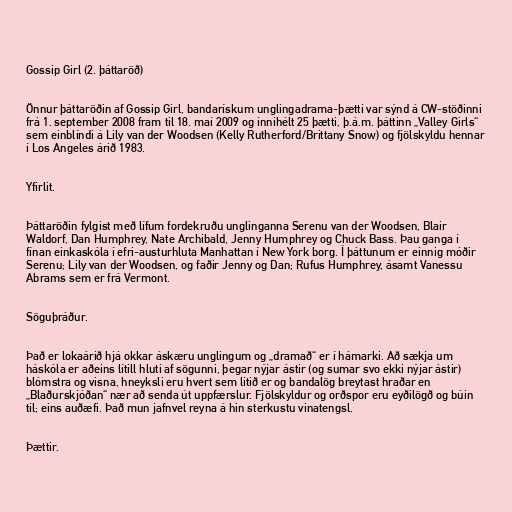
Gossip Girl (2. þáttaröð)

Önnur þáttaröðin af Gossip Girl, bandarískum unglingadrama-þætti var sýnd á CW-stöðinni
frá 1. september 2008 fram til 18. maí 2009 og innihélt 25 þætti, þ.á.m. þáttinn „Valley Girls“
sem einblíndi á Lily van der Woodsen (Kelly Rutherford/Brittany Snow) og fjölskyldu hennar
í Los Angeles árið 1983.

Yfirlit.

Þáttaröðin fylgist með lífum fordekruðu unglinganna Serenu van der Woodsen, Blair
Waldorf, Dan Humphrey, Nate Archibald, Jenny Humphrey og Chuck Bass. Þau ganga í
fínan einkaskóla í efri-austurhluta Manhattan í New York borg. Í þáttunum er einnig móðir
Serenu; Lily van der Woodsen, og faðir Jenny og Dan; Rufus Humphrey, ásamt Vanessu
Abrams sem er frá Vermont.

Söguþráður.

Það er lokaárið hjá okkar áskæru unglingum og „dramað“ er í hámarki. Að sækja um
háskóla er aðeins lítill hluti af sögunni, þegar nýjar ástir (og sumar svo ekki nýjar ástir)
blómstra og visna, hneyksli eru hvert sem litið er og bandalög breytast hraðar en
„Blaðurskjóðan“ nær að senda út uppfærslur. Fjölskyldur og orðspor eru eyðilögð og búin
til; eins auðæfi. Það mun jafnvel reyna á hin sterkustu vinatengsl.

Þættir.